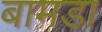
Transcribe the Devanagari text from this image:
बामडा